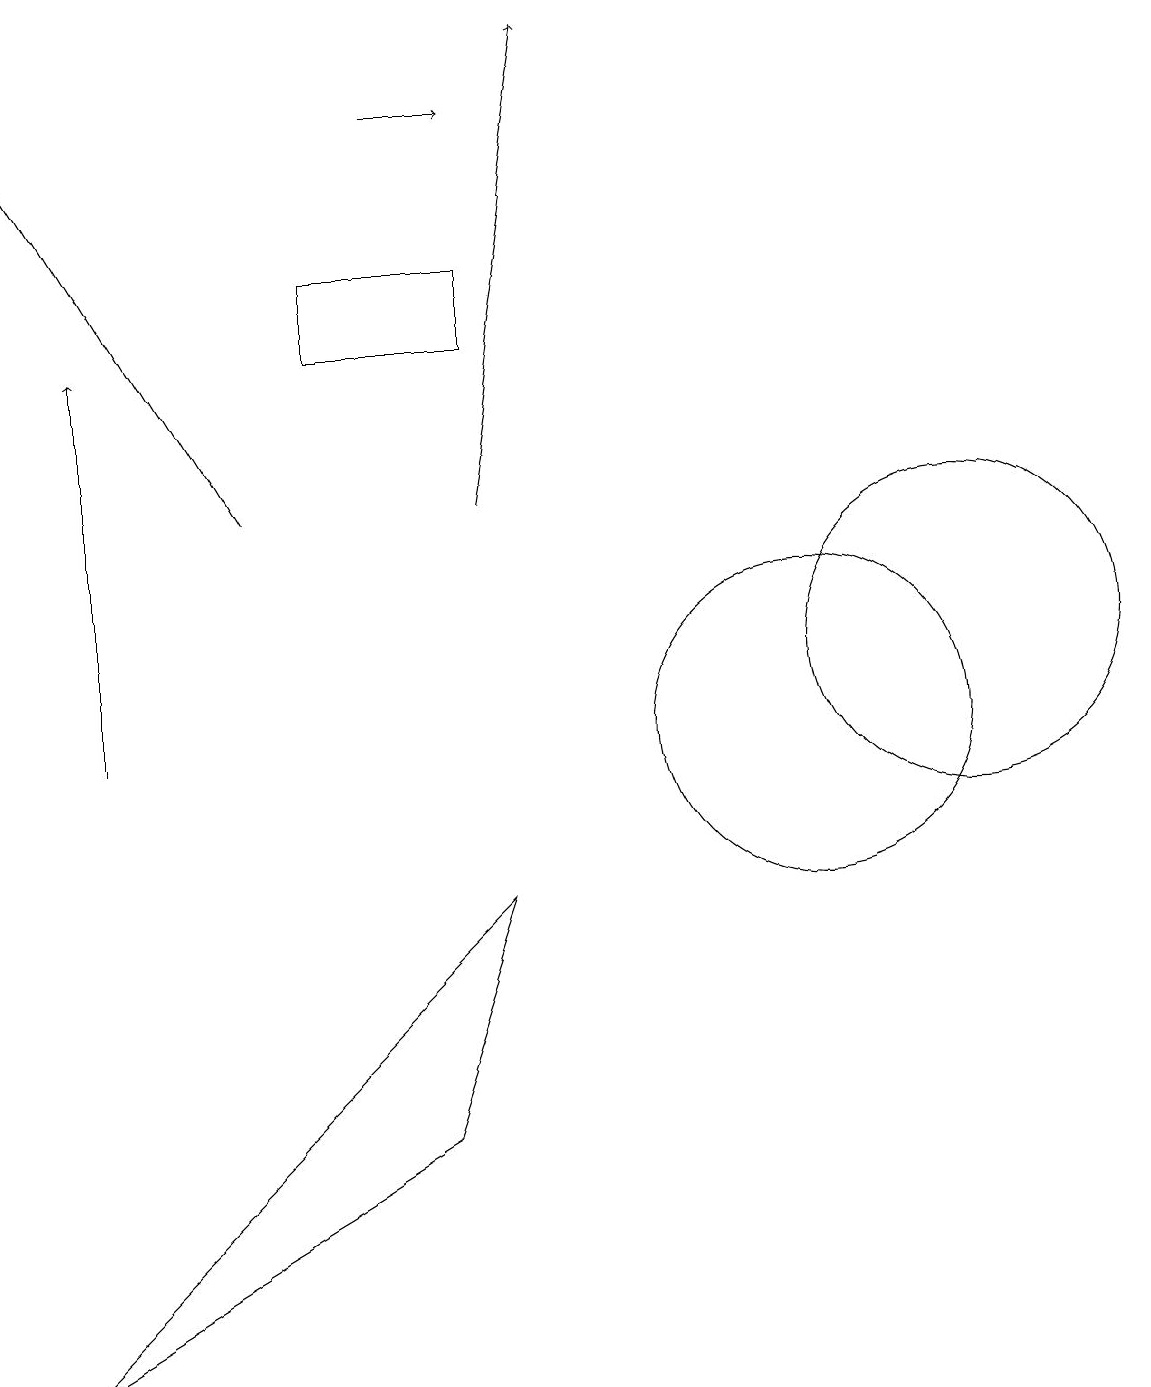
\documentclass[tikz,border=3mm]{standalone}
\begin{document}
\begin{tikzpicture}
\draw (0,2) -- (5,5) -- (6,8) -- cycle;
\draw (10,10) circle (2);
\draw[->] (1,10) -- (1,15);
\draw (12,11) circle (2);
\draw[->] (5,18) -- (6,18);
\draw[->] (3,13) -- (0,18);
\draw (6,16) rectangle (4,15);
\draw[->] (6,13) -- (7,19);
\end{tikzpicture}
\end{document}